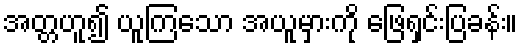
အတ္တဟူ၍ ယူကြသော အယူမှားကို ဖြေရှင်းပြခန်း။